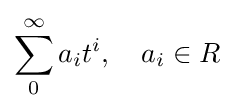
\sum _{0}^{\infty }a_{i}t^{i},\quad a_{i}\in R